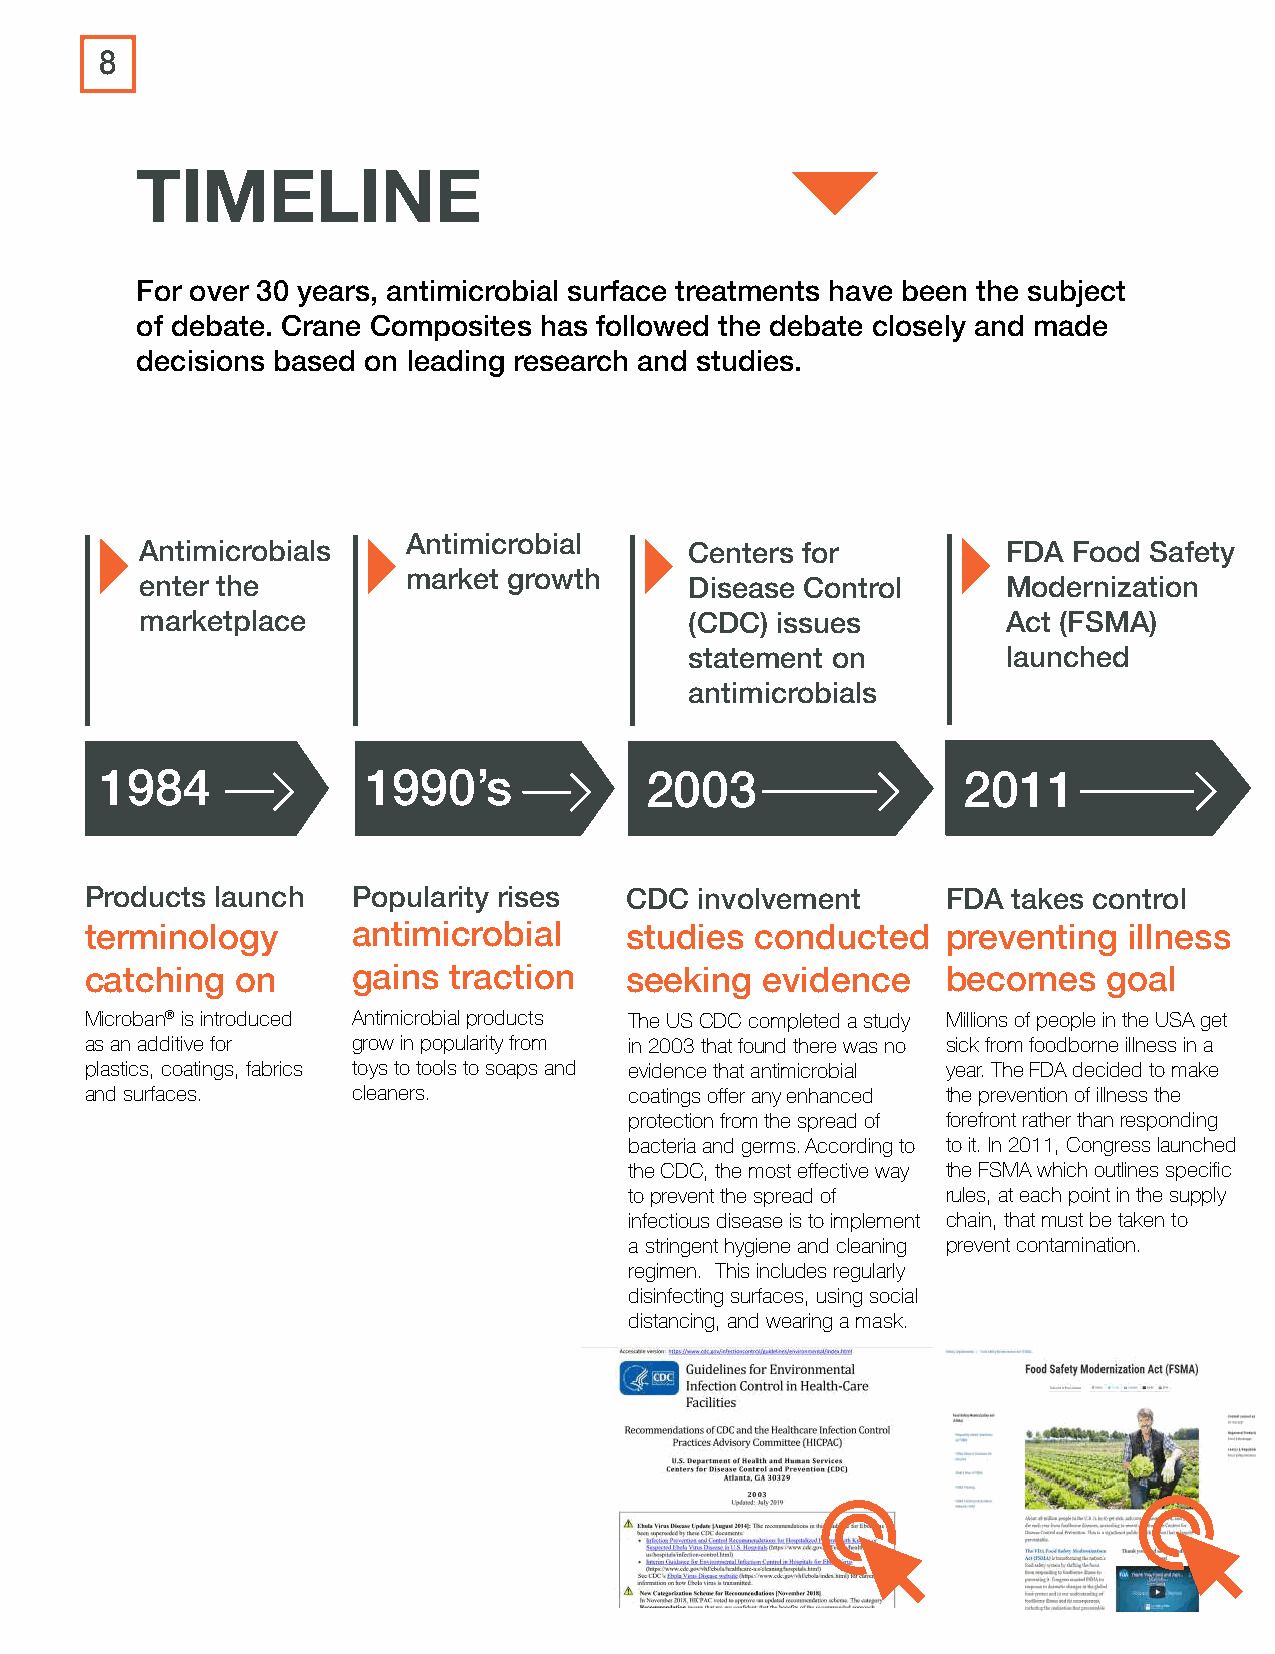
8
 TIMELINE
 For over 30 years, antimicrobial surface treatments have been the subject
 of debate. Crane Composites has followed the debate closely and made
 decisions based on leading research and studies.
 Antimicrobial
 Antimicrobials                       Centers for          FDA Food Safety
 market growth
 enter the                            Disease Control      Modernization
 marketplace                          (CDC) issues         Act (FSMA)
 statement on         launched
 antimicrobials
 1984             1990’s             2003                 2011
 Products launch  Popularity rises  CDC  involvement      FDA takes control
 terminology      antimicrobial     studies  conducted    preventing  illness
 catching  on     gains  traction   seeking   evidence    becomes   goal
 Microban® is introduced Antimicrobial products The US CDC completed a study Millions of people in the USA get
 as an additive for grow in popularity from in 2003 that found there was no sick from foodborne illness in a
 plastics, coatings, fabrics toys to tools to soaps and evidence that antimicrobial year. The FDA decided to make
 and surfaces.    cleaners.          coatings offer any enhanced the prevention of illness the
 protection from the spread of forefront rather than responding
 bacteria and germs. According to to it. In 2011, Congress launched
 the CDC, the most effective way the FSMA which outlines specific
 to prevent the spread of rules, at each point in the supply
 infectious disease is to implement chain, that must be taken to
 a stringent hygiene and cleaning prevent contamination.
 regimen. This includes regularly
 disinfecting surfaces, using social
 distancing, and wearing a mask.